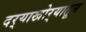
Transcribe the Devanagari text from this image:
दर्‍याखोर्‍यातून